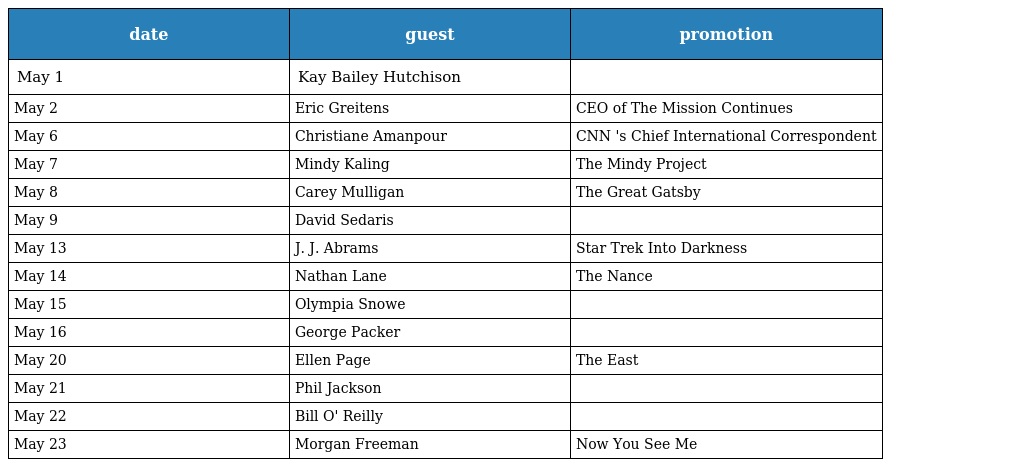
| date | guest | promotion |
 | --- | --- | --- |
 | May 1 | Kay Bailey Hutchison |  |
 | May 2 | Eric Greitens | CEO of The Mission Continues |
 | May 6 | Christiane Amanpour | CNN 's Chief International Correspondent |
 | May 7 | Mindy Kaling | The Mindy Project |
 | May 8 | Carey Mulligan | The Great Gatsby |
 | May 9 | David Sedaris |  |
 | May 13 | J. J. Abrams | Star Trek Into Darkness |
 | May 14 | Nathan Lane | The Nance |
 | May 15 | Olympia Snowe |  |
 | May 16 | George Packer |  |
 | May 20 | Ellen Page | The East |
 | May 21 | Phil Jackson |  |
 | May 22 | Bill O' Reilly |  |
 | May 23 | Morgan Freeman | Now You See Me |